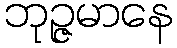
ဘုဉ္ဇမာနေ